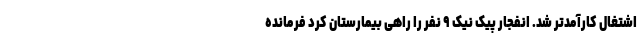
اشتغال کارآمدتر شد. انفجار پیک نیک ۹ نفر را راهی بیمارستان کرد فرمانده